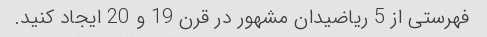
فهرستی از 5 ریاضیدان مشهور در قرن 19 و 20 ایجاد کنید.